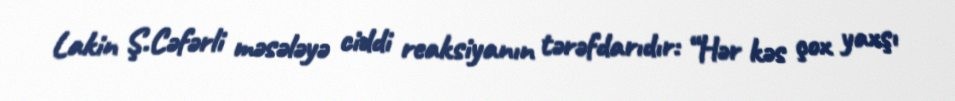
Lakin Ş.Cəfərli məsələyə ciddi reaksiyanın tərəfdarıdır: “Hər kəs çox yaxşı